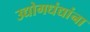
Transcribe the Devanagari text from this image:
उद्योगधंद्यांना